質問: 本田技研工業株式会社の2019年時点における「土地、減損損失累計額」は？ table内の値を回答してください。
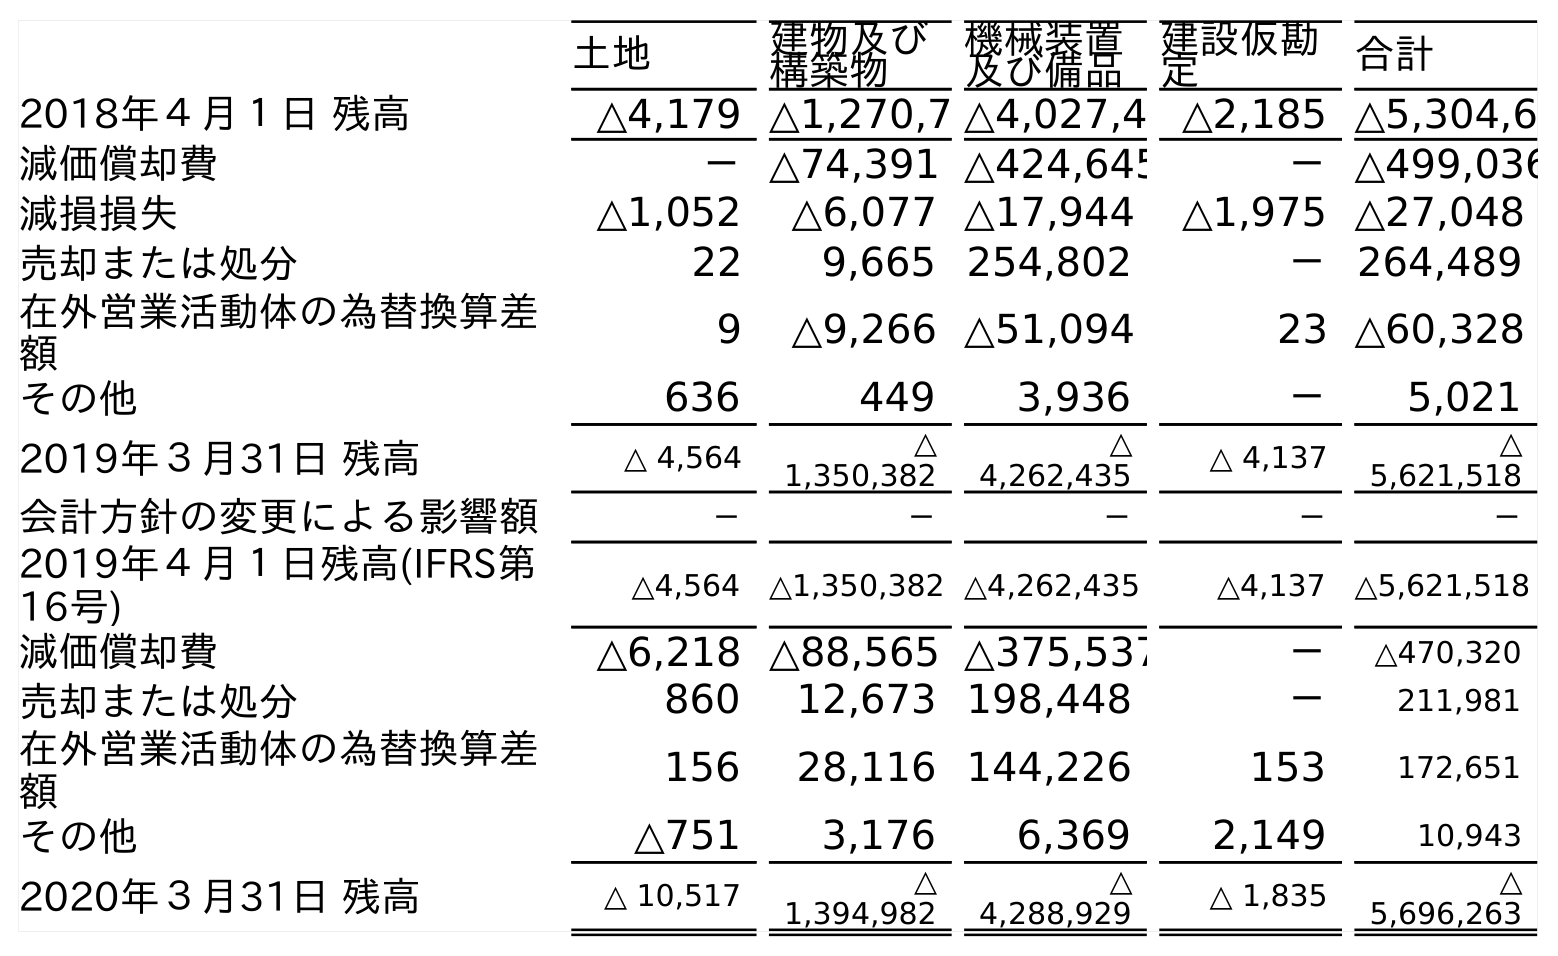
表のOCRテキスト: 土地 建物及び 構築物 機械装置 及び備品 建設仮勘 定 合計 2018年４月１日 残高 △4,179 △1,270,7 △4,027,4 △2,185 △5,304,6 減価償却費 －△74,391 △424,645 －△499,036 減損損失 △1,052 △6,077 △17,944 △1,975 △27,048 売却または処分 22 9,665 254,802 －264,489 在外営業活動体の為替換算差 額 9 △9,266 △51,094 23 △60,328 その他 636 449 3,936 － 5,021 2019年３月31日 残高 △ 4,564 △ 1,350,382 △ 4,262,435 △ 4,137 △ 5,621,518 会計方針の変更による影響額 － － － － － 2019年４月１日残高(IFRS第 16号) △4,564 △1,350,382 △4,262,435 △4,137 △5,621,518 減価償却費 △6,218 △88,565 △375,537 － △470,320 売却または処分 860 12,673 198,448 － 211,981 在外営業活動体の為替換算差 額 156 28,116 144,226 153 172,651 その他 △751 3,176 6,369 2,149 10,943 2020年３月31日 残高 △ 10,517 △ 1,394,982 △ 4,288,929 △ 1,835 △ 5,696,263
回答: △4,564